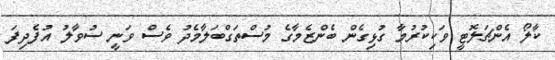
ކާލޯ އެންޗަލޮޓީ ވަކިކުރުމާ ގުޅިގެން ބެންޒެމާގެ މުސްތަގްބަލާމެދު ވެސް ވަނީ ސުވާލު އުފެދިފަ